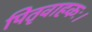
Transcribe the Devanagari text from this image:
पितृवाहकः।